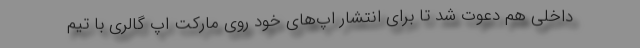
داخلی هم دعوت شد تا برای انتشار اپ‌های خود روی مارکت اپ گالری با تیم